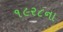
૧૯ર૮ના